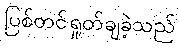
ပြစ်တင်ရှုတ်ချခဲ့သည်